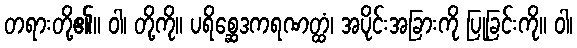
တရားတို့၏။ ဝါ၊ တို့ကို။ ပရိစ္ဆေဒကရဏတ္ထံ၊ အပိုင်းအခြားကို ပြုခြင်းကို။ ဝါ၊